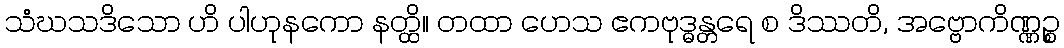
သံဃသဒိသော ဟိ ပါဟုနကော နတ္ထိ။ တထာ ဟေသ ဧကဗုဒ္ဓန္တရေ စ ဒိဿတိ, အဗ္ဗောကိဏ္ဏဉ္စ